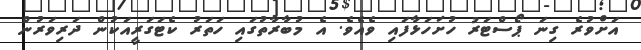
އަށްވުރެ ގިނަ ޕޯސްޓަރު ހުށަހަޅާފައި ވެއެވެ. އެ މުބާރާތުގައި ހަތަރު ކެޓަގަރީއަކުން ދަރިވަރުން